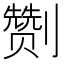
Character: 𭄛